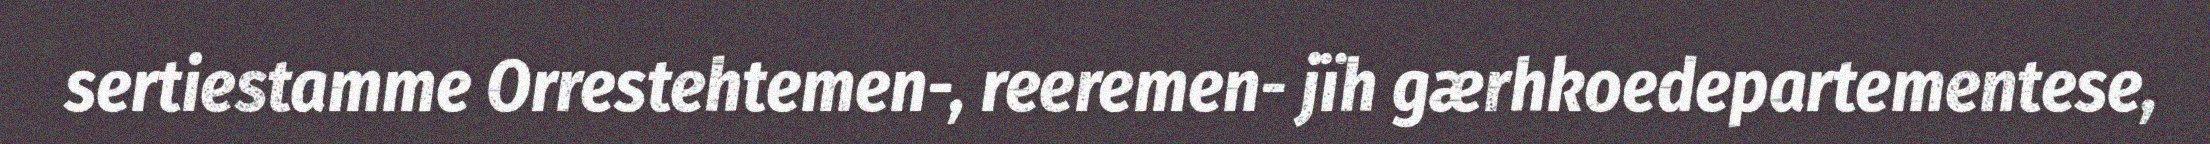
sertiestamme Orrestehtemen-, reeremen- jïh gærhkoedepartementese,